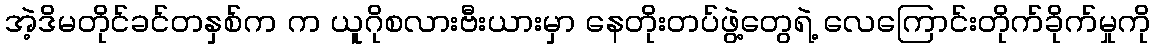
အဲ့ဒိမတိုင်ခင်တနှစ်က က ယူဂိုစလားဗီးယားမှာ နေတိုးတပ်ဖွဲ့တွေရဲ့ လေကြောင်းတိုက်ခိုက်မှုကို